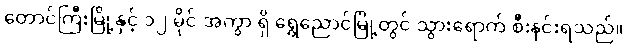
တောင်ကြီးမြို့နှင့် ၁၂ မိုင် အကွာ ရှိ ရွှေညောင်မြို့တွင် သွားရောက် စီးနင်းရသည်။